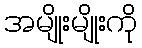
အမျိုးမျိုးကို